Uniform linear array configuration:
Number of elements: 64
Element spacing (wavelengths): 1
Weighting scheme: exponential
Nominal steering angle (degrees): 60
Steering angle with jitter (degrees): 58.783
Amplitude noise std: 0.05
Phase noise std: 0.05

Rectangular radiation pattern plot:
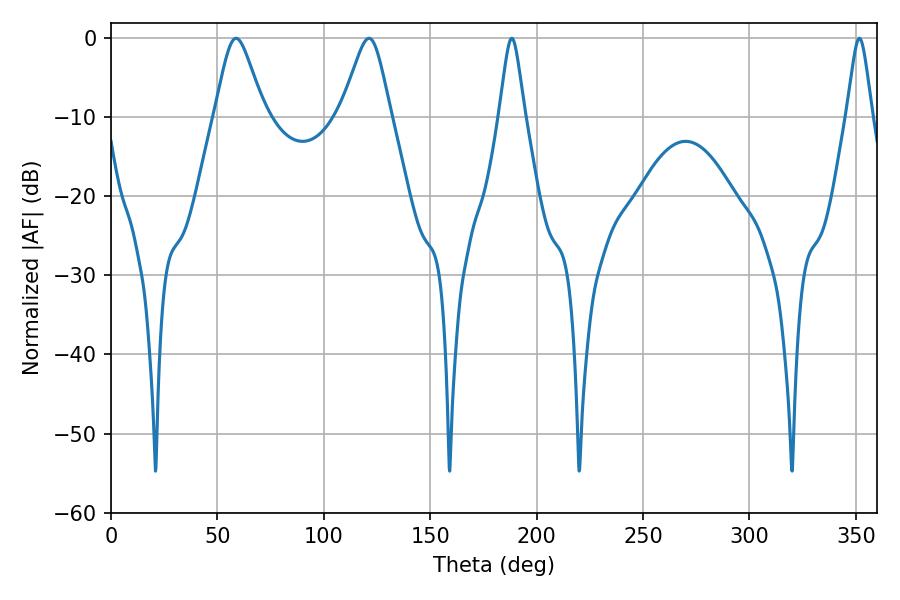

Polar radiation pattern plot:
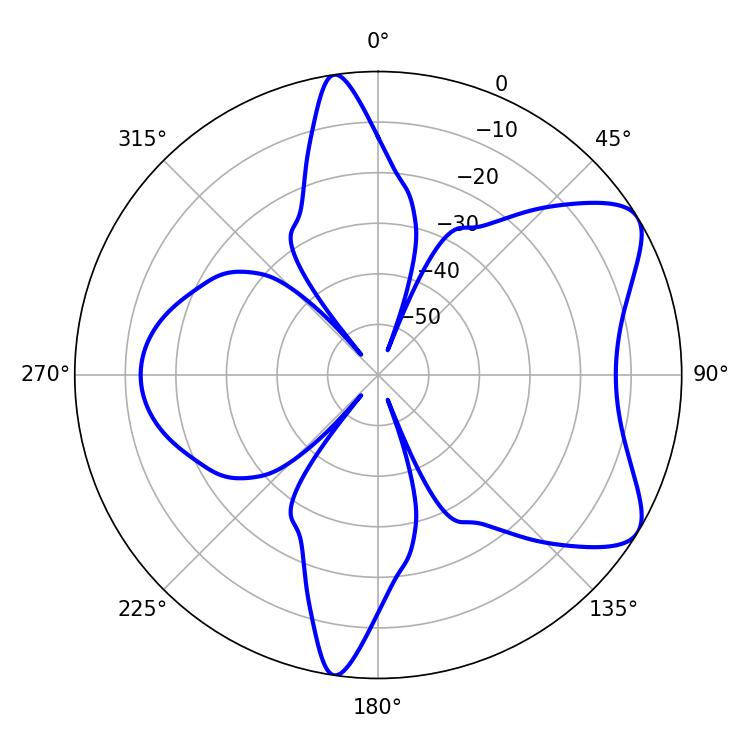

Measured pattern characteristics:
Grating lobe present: TRUE
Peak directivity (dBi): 7.317
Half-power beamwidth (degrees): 11.16
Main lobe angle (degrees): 58.68